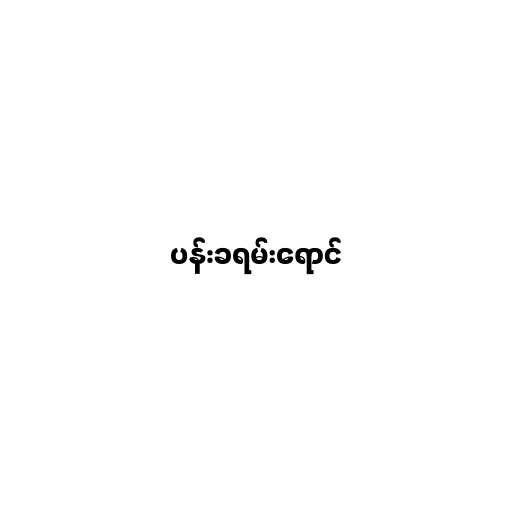
ပန်းခရမ်းရောင်